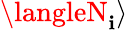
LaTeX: \langleN_{\mathbf{i}}\rangle